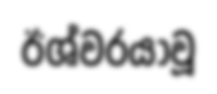
ඊශ්වරයාවූ